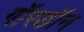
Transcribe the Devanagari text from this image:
गॉरडॉन